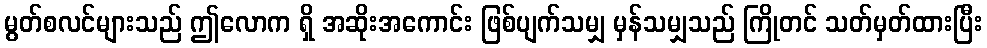
မွတ်စလင်များသည် ဤလောက ရှိ အဆိုးအကောင်း ဖြစ်ပျက်သမျှ မှန်သမျှသည် ကြိုတင် သတ်မှတ်ထားပြီး